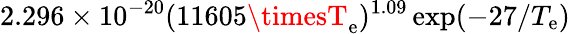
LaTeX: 2.296\times10^{-20}(11605\timesT_{\mathrm{e}})^{1.09}\exp({-27/T_{\mathrm{e}}})